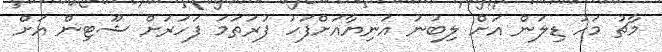
މާޗު މަހު ޑިލަން އަށް ލިބުނު އަނިޔާއަށްފަހު ފުރަތަމަ ފަހަރަށް ޝޫޓިން އަށް